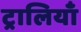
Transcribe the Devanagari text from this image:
ट्रालियाँ